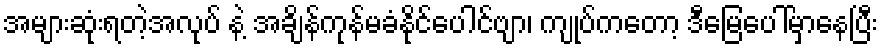
အများဆုံးရတဲ့အလုပ် နဲ့ အချိန်ကုန်မခံနိုင်ပေါင်ဗျာ၊ ကျုပ်ကတော့ ဒီမြေပေါ်မှာနေပြီး